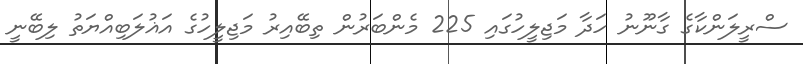
ސްރީލަންކާގެ ގާނޫނު ހަދާ މަޖިލީހުގައި 225 މެންބަރުން ތިބޭއިރު މަޖިލީހުގެ އަޣުލަބިއްޔަތު ލިބޭނީ